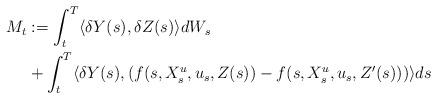
LaTeX: \begin{align*}M_t &:= \int_t^T \langle \delta Y(s),\delta Z(s) \rangle dW_s \\ & + \int_t^T \langle \delta Y(s) , (f(s,X^u_s,u_s,Z(s)) - f(s,X^u_s,u_s,Z'(s))) \rangle ds\end{align*}